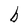
Character: b